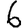
Digit: 6